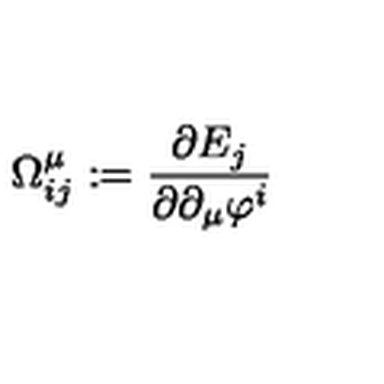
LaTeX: \Omega _ { i j } ^ { \mu } : = \frac { \partial E _ { j } } { \partial \partial _ { \mu } \varphi ^ { i } }